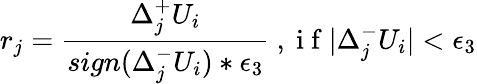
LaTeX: r_{j}=\frac{\Delta_{j}^{+}U_{i}}{sign(\Delta_{j}^{-}U_{i})*\epsilon_{3}}\mathrm{~,~i~f~}|\Delta_{j}^{-}U_{i}|<\epsilon_{3}